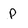
Character: P